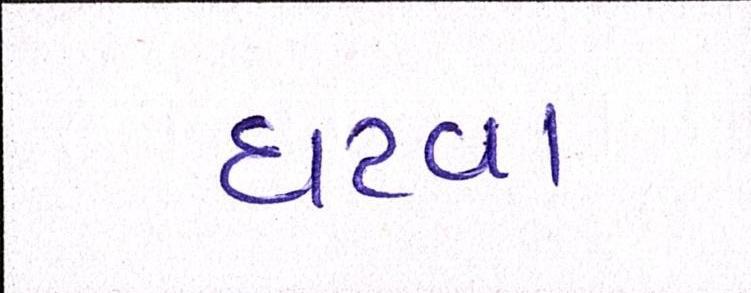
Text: ઘટવા